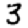
Digit: 3